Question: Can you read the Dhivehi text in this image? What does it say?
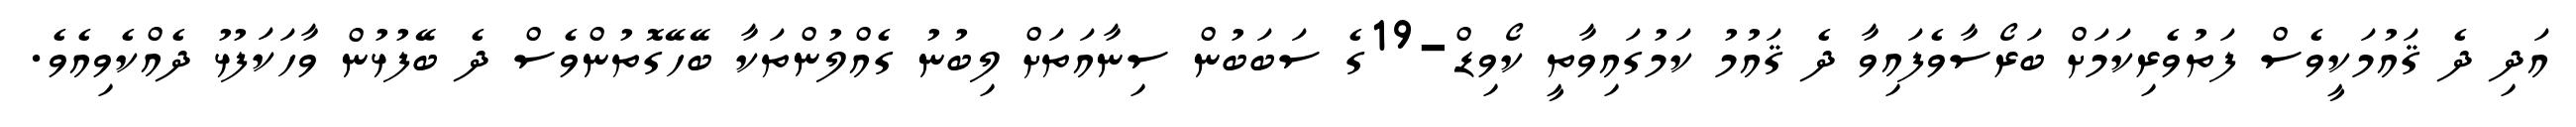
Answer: އަދި ދެ ޤައުމަކީވެސް ފަތުވެރިކަމަށް ބަރޯސާވެފައިވާ ދެ ޤައުމު ކަމުގައިވާތީ ކޯވިޑް-19ގެ ސަބަބުން ސިނާއަތަށް ލިބުނު ގެއްލުންތަކާ ބޭހޭގޮތުންވެސް ދެ ބޭފުޅުން ވާހަކަފުޅު ދެއްކެވިއެވެ.